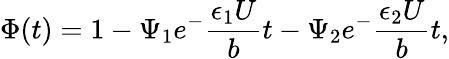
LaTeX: \Phi(t)=1-\Psi_{1}e^{-}\frac{\epsilon_{1}U}{b}t-\Psi_{2}e^{-}\frac{\epsilon_{2}U}{b}t,